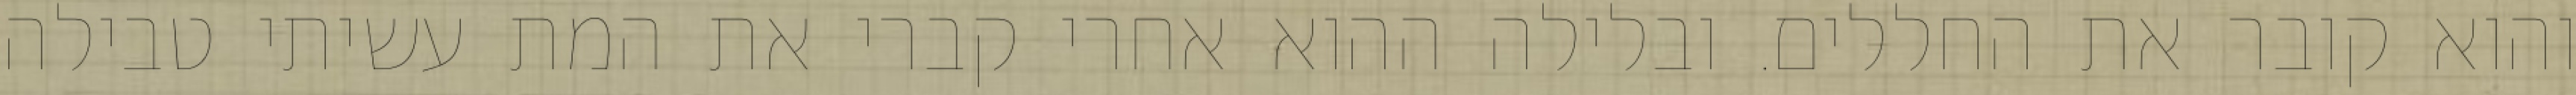
והוא קובר את החללים. ובלילה ההוא אחרי קברי את המת עשיתי טבילה